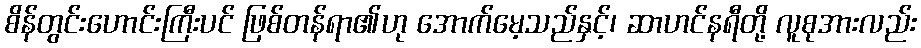
စိန်တွင်းဟောင်းကြီးပင် ဖြစ်တန်ရာ၏ဟု အောက်မေ့သည်နှင့်၊ ဆာဟင်နရီတို့ လူစုအားလည်း